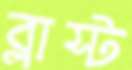
ব্লাস্ট